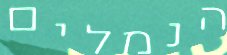
הנמלים